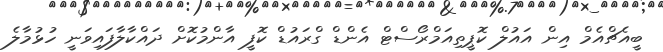
ބީއެޗްއެމް އިން އައުލް ކޮޕީތިއަމްރޯސްޓް އެންޑް ގްރައުޑް ކޮފީ އާންމުކޮށް ދައްކާލާފައިވަނީ ހުޅުމާލެ